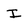
Character: I